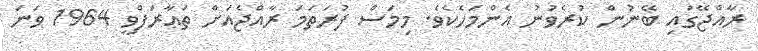
ރާއްޖޭގައި ބޭނުން ކުރެވުނު އެންމަހެކެވެ. މިމަސް ފުރަތަމަ ރާއްޖެއަށް ތަޢާރަފްވީ 1964 ވަނަ